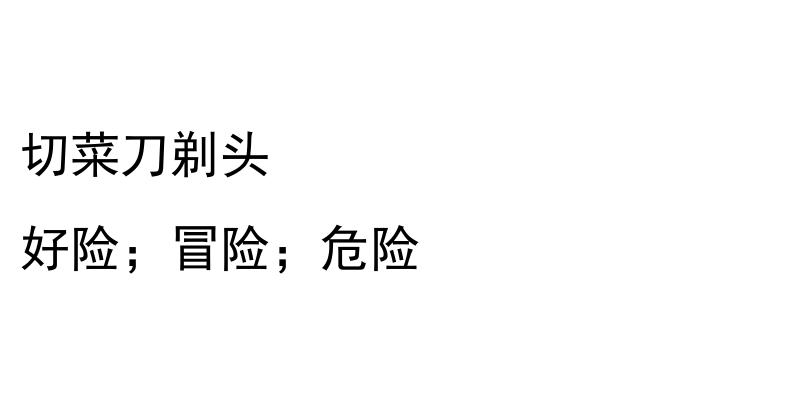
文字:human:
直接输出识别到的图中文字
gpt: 切菜刀剃头 好险；冒险；危险